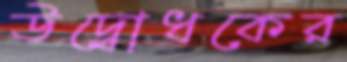
উদ্বোধকের